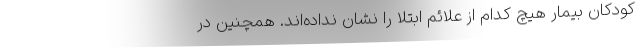
کودکان بیمار هیچ کدام از علائم ابتلا را نشان نداده‌اند. همچنین در